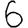
Digit: 6